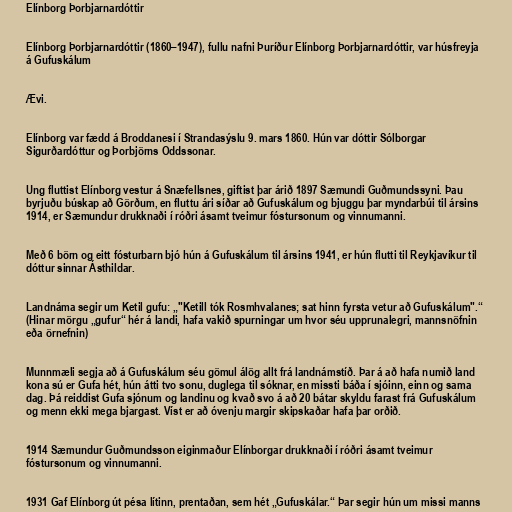
Elínborg Þorbjarnardóttir

Elínborg Þorbjarnardóttir (1860–1947), fullu nafni Þuríður Elínborg Þorbjarnardóttir, var húsfreyja
á Gufuskálum

Ævi.

Elínborg var fædd á Broddanesi í Strandasýslu 9. mars 1860. Hún var dóttir Sólborgar
Sigurðardóttur og Þorbjörns Oddssonar.

Ung fluttist Elínborg vestur á Snæfellsnes, giftist þar árið 1897 Sæmundi Guðmundssyni. Þau
byrjuðu búskap að Görðum, en fluttu ári síðar að Gufuskálum og bjuggu þar myndarbúi til ársins
1914, er Sæmundur drukknaði í róðri ásamt tveimur fóstursonum og vinnumanni.

Með 6 börn og eitt fósturbarn bjó hún á Gufuskálum til ársins 1941, er hún flutti til Reykjavíkur til
dóttur sinnar Ásthildar.

Landnáma segir um Ketil gufu: „"Ketill tók Rosmhvalanes; sat hinn fyrsta vetur að Gufuskálum".“
(Hinar mörgu „gufur“ hér á landi, hafa vakið spurningar um hvor séu upprunalegri, mannsnöfnin
eða örnefnin)

Munnmæli segja að á Gufuskálum séu gömul álög allt frá landnámstíð. Þar á að hafa numið land
kona sú er Gufa hét, hún átti tvo sonu, duglega til sóknar, en missti báða í sjóinn, einn og sama
dag. Þá reiddist Gufa sjónum og landinu og kvað svo á að 20 bátar skyldu farast frá Gufuskálum
og menn ekki mega bjargast. Víst er að óvenju margir skipskaðar hafa þar orðið.

1914 Sæmundur Guðmundsson eiginmaður Elínborgar drukknaði í róðri ásamt tveimur
fóstursonum og vinnumanni.

1931 Gaf Elínborg út pésa lítinn, prentaðan, sem hét „Gufuskálar.“ Þar segir hún um missi manns